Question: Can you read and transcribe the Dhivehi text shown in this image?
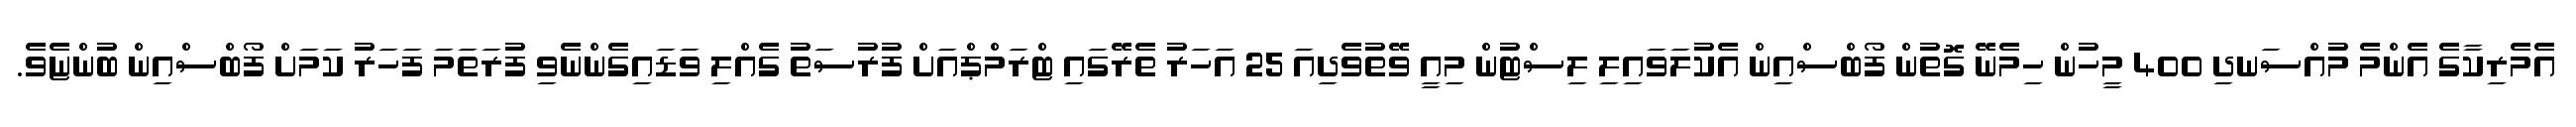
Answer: އެމެރިކާގެ އެންމެ މުއްސަނދި 400 މީހުން ހިމެނޭ ގޮތުން ފޯބްސްއިން އެކުލަވައިލި ލިސްޓުން މިއީ ވޭތުވެދިއަ 25 އަހަރު ތެރޭގައި ޓްރަމްޕްއަށް ފުރުސަތު ގެއްލި ވަޑައިގެންނެވި ފުރަތަމަ ފަހަރު ކަމަށް ފޯބްސްއިން ބުންޏެވެ.